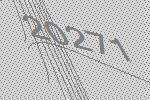
20271